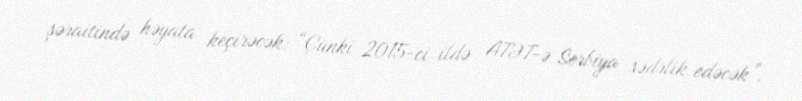
şəraitində həyata keçirəcək: “Çünki 2015-ci ildə ATƏT-ə Serbiya sədrlik edəcək”.